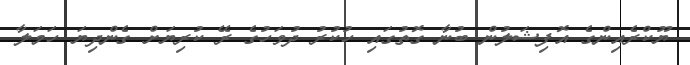
ޔޫކްރެއިންގެ އޮފިޝަލުން ބުނާ ގޮތުގައި ހުކުރު ދުވަހުގެ ރޭ ކުރިޔަށް ގެންދިޔަ ހަމަލާ